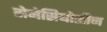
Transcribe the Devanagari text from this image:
सेनेसियोसीन